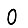
Digit: 0